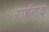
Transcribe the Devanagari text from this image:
राईगढ्